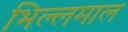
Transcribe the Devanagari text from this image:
भिल्लमाल